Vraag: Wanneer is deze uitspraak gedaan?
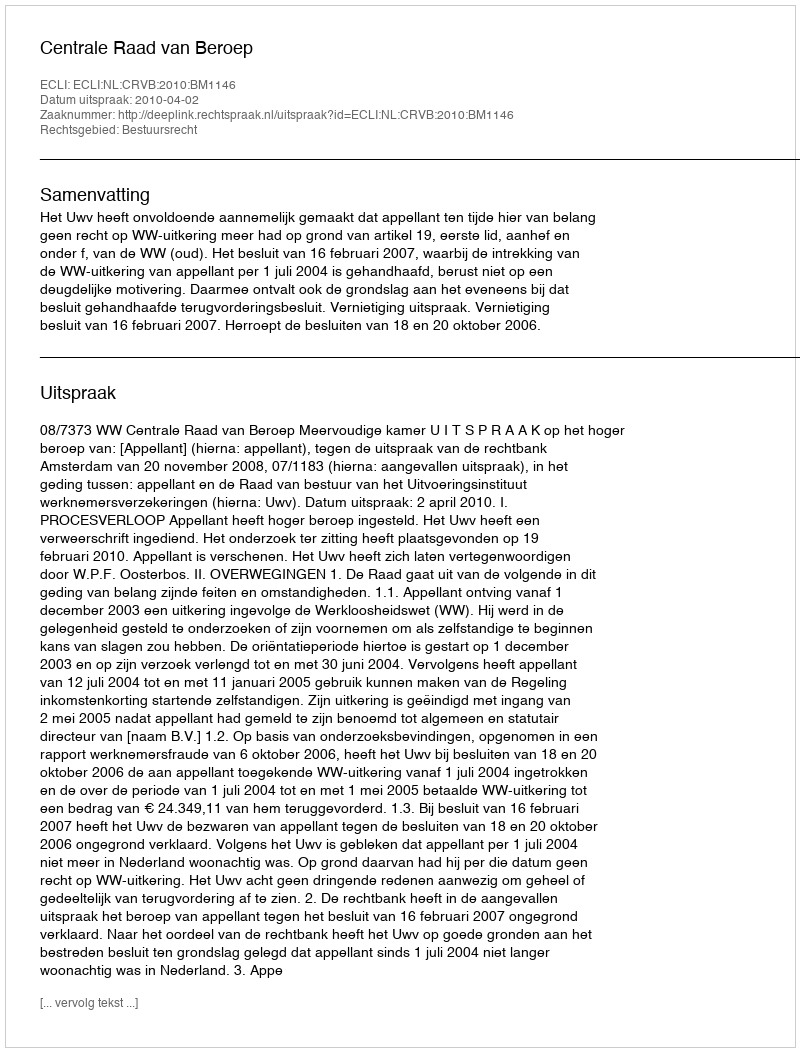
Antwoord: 2010-04-02